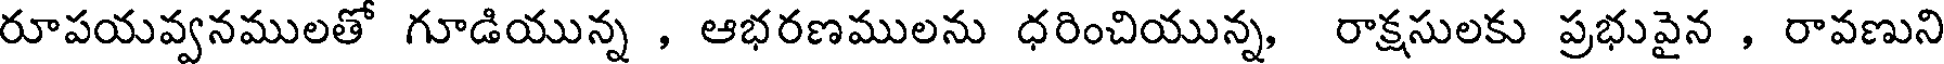
రూపయవ్వనములతో గూడియున్న , ఆభరణములను ధరించియున్న, రాక్షసులకు ప్రభువైన , రావణుని